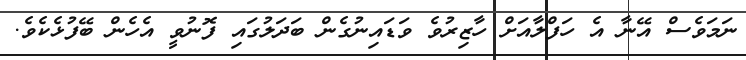
ނަމަވެސް އޭނާ އެ ހަފްލާއަށް ހާޒިރުވެ ވަޑައިނުގެން ބަދަލުގައި ފޮނުވީ އެހެން ބޭފުޅެކެވެ.